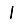
Digit: 1